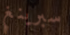
سبرينغ